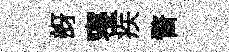
訝寝疾瞀